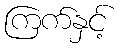
ကြက်နှင့်